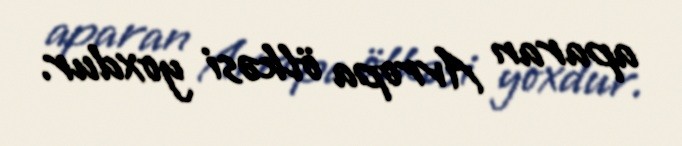
aparan Avropa ölkəsi yoxdur.